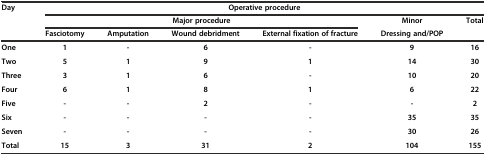
<table><thead><tr><td rowspan="2"><b>Day</b></td><td colspan="6"><b>Operative procedure</b></td></tr><tr><td colspan="4"><b>Major procedure</b></td><td><b>Minor</b></td><td><b>Total</b></td></tr><tr><td></td><td><b>Fasciotomy</b></td><td><b>Amputation</b></td><td><b>Wound debridment</b></td><td><b>External fixation of fracture</b></td><td><b>Dressing and/POP</b></td><td></td></tr></thead><tbody><tr><td><b>One</b></td><td><b>1</b></td><td><b>-</b></td><td><b>6</b></td><td><b>-</b></td><td><b>9</b></td><td><b>16</b></td></tr><tr><td><b>Two</b></td><td><b>5</b></td><td><b>1</b></td><td><b>9</b></td><td><b>1</b></td><td><b>14</b></td><td><b>30</b></td></tr><tr><td><b>Three</b></td><td><b>3</b></td><td><b>1</b></td><td><b>6</b></td><td><b>-</b></td><td><b>10</b></td><td><b>20</b></td></tr><tr><td><b>Four</b></td><td><b>6</b></td><td><b>1</b></td><td><b>8</b></td><td><b>1</b></td><td><b>6</b></td><td><b>22</b></td></tr><tr><td><b>Five</b></td><td><b>-</b></td><td><b>-</b></td><td><b>2</b></td><td><b>-</b></td><td><b>-</b></td><td><b>2</b></td></tr><tr><td><b>Six</b></td><td><b>-</b></td><td><b>-</b></td><td><b>-</b></td><td><b>-</b></td><td><b>35</b></td><td><b>35</b></td></tr><tr><td><b>Seven</b></td><td><b>-</b></td><td><b>-</b></td><td><b>-</b></td><td><b>-</b></td><td><b>30</b></td><td><b>26</b></td></tr><tr><td><b>Total</b></td><td><b>15</b></td><td><b>3</b></td><td><b>31</b></td><td><b>2</b></td><td><b>104</b></td><td><b>155</b></td></tr></tbody></table>